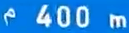
400 m